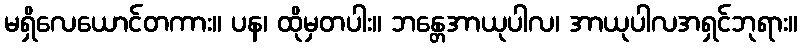
မရှိလေယောင်တကား။ ပန၊ ထိုမှတပါး။ ဘန္တေအာယုပါလ၊ အာယုပါလအရှင်ဘုရား။